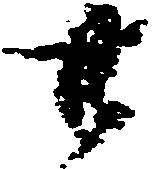
廿